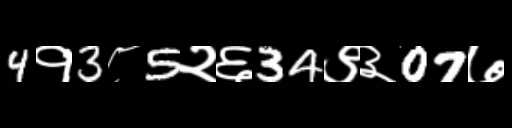
Text: 4१3८5२६34९३07७